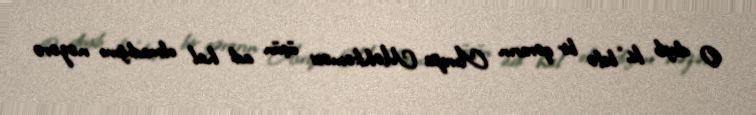
O deyib ki, “belə bir qərarın Avropa Məhkəməsi üçün adi hal olmadığını nəzərə